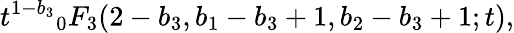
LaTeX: {t^{1-b_{3}}}_{0}F_{3}(2-b_{3},b_{1}-b_{3}+1,b_{2}-b_{3}+1;t),